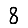
Digit: 8